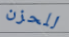
للحزن